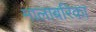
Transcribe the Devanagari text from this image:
मालाबरिका